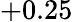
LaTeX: +0.25